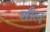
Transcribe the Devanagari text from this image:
शीलू